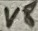
Text: V8